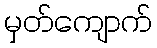
မှတ်ကျောက်